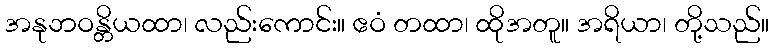
အနုဘဝန္တိယထာ၊ လည်းကောင်း။ ဧဝံ တထာ၊ ထိုအတူ။ အရိယာ၊ တို့သည်။